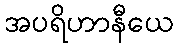
အပရိဟာနီယေ